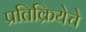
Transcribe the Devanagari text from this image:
प्रतिक्रियेचे